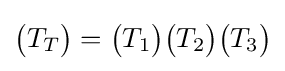
{\begin{pmatrix}T_{T}\end{pmatrix}}={\begin{pmatrix}T_{1}\end{pmatrix}}{\begin{pmatrix}T_{2}\end{pmatrix}}{\begin{pmatrix}T_{3}\end{pmatrix}}